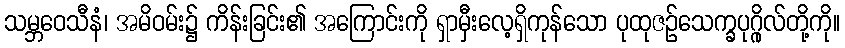
သမ္ဘဝေသီနံ၊ အမိဝမ်း၌ ကိန်းခြင်း၏ အကြောင်းကို ရှာမှီးလေ့ရှိကုန်သော ပုထုဇဉ်သေက္ခပုဂ္ဂိုလ်တို့ကို။